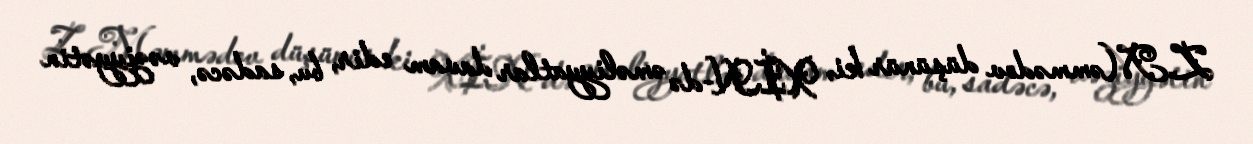
Z.Məmmədov düşünür ki, XİN-də əməliyyatlar davam edir, bu, sadəcə, vəziyyətin